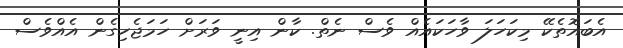
އެބައޮތެކޭ މިކަހަލަ ވާހަކައެއް ވެސް ނެތް. ކާން އިނީ ވަރަށް ހަމަޖެހިގެން އެއްވެސް